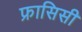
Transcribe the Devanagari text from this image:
फ्रासिसी